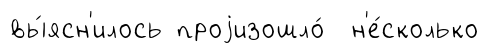
вы́ясн'илось проjизошло́ н'е́сколько